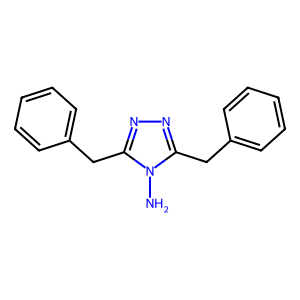
SMILES: Nn1c(Cc2ccccc2)nnc1Cc1ccccc1
Inhibits HIV replication: No